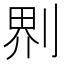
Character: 𠝹